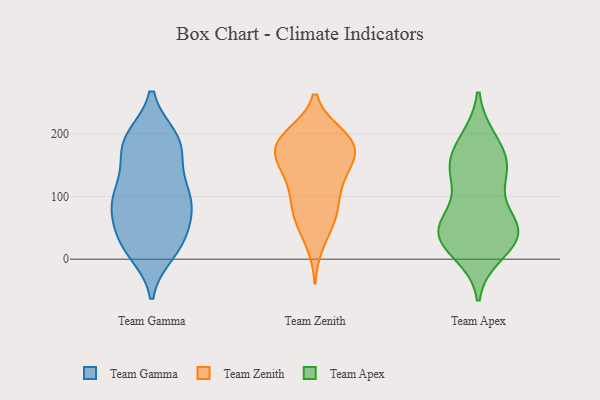
{"axis": {"x": "Backlog", "y": "Value"}, "legend": ["Team Apex", "Team Gamma", "Team Zenith"], "data": [{"x": "", "y": 23, "type": "Team Gamma"}, {"x": "", "y": 11, "type": "Team Gamma"}, {"x": "", "y": 193, "type": "Team Gamma"}, {"x": "", "y": 27, "type": "Team Gamma"}, {"x": "", "y": 108, "type": "Team Gamma"}, {"x": "", "y": 188, "type": "Team Gamma"}, {"x": "", "y": 94, "type": "Team Gamma"}, {"x": "", "y": 83, "type": "Team Gamma"}, {"x": "", "y": 62, "type": "Team Gamma"}, {"x": "", "y": 189, "type": "Team Gamma"}, {"x": "", "y": 72, "type": "Team Gamma"}, {"x": "", "y": 78, "type": "Team Gamma"}, {"x": "", "y": 133, "type": "Team Gamma"}, {"x": "", "y": 191, "type": "Team Gamma"}, {"x": "", "y": 28, "type": "Team Gamma"}, {"x": "", "y": 107, "type": "Team Gamma"}, {"x": "", "y": 179, "type": "Team Gamma"}, {"x": "", "y": 104, "type": "Team Gamma"}, {"x": "", "y": 162, "type": "Team Gamma"}, {"x": "", "y": 22, "type": "Team Gamma"}, {"x": "", "y": 151, "type": "Team Zenith"}, {"x": "", "y": 143, "type": "Team Zenith"}, {"x": "", "y": 70, "type": "Team Zenith"}, {"x": "", "y": 25, "type": "Team Zenith"}, {"x": "", "y": 196, "type": "Team Zenith"}, {"x": "", "y": 178, "type": "Team Zenith"}, {"x": "", "y": 116, "type": "Team Zenith"}, {"x": "", "y": 102, "type": "Team Zenith"}, {"x": "", "y": 199, "type": "Team Zenith"}, {"x": "", "y": 183, "type": "Team Zenith"}, {"x": "", "y": 131, "type": "Team Zenith"}, {"x": "", "y": 59, "type": "Team Zenith"}, {"x": "", "y": 198, "type": "Team Zenith"}, {"x": "", "y": 88, "type": "Team Zenith"}, {"x": "", "y": 66, "type": "Team Zenith"}, {"x": "", "y": 175, "type": "Team Zenith"}, {"x": "", "y": 159, "type": "Team Zenith"}, {"x": "", "y": 165, "type": "Team Zenith"}, {"x": "", "y": 189, "type": "Team Zenith"}, {"x": "", "y": 38, "type": "Team Apex"}, {"x": "", "y": 145, "type": "Team Apex"}, {"x": "", "y": 190, "type": "Team Apex"}, {"x": "", "y": 21, "type": "Team Apex"}, {"x": "", "y": 150, "type": "Team Apex"}, {"x": "", "y": 38, "type": "Team Apex"}, {"x": "", "y": 54, "type": "Team Apex"}, {"x": "", "y": 63, "type": "Team Apex"}, {"x": "", "y": 148, "type": "Team Apex"}, {"x": "", "y": 56, "type": "Team Apex"}, {"x": "", "y": 43, "type": "Team Apex"}, {"x": "", "y": 188, "type": "Team Apex"}, {"x": "", "y": 10, "type": "Team Apex"}, {"x": "", "y": 119, "type": "Team Apex"}, {"x": "", "y": 39, "type": "Team Apex"}, {"x": "", "y": 146, "type": "Team Apex"}]}